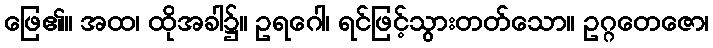
ဖြေ၏။ အထ၊ ထိုအခါ၌။ ဥရဂေါ၊ ရင်ဖြင့်သွားတတ်သော။ ဥဂ္ဂတေဇော၊